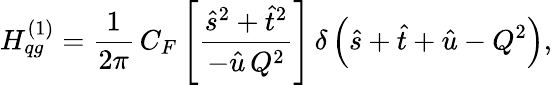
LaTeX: H_{qg}^{(1)}=\frac{1}{2\pi}\, C_{F}\left[\frac{\hat{s}^{2}+\hat{t}^{2}}{-\hat{u}\, Q^{2}}\right]\, \delta\left(\hat{s}+\hat{t}+\hat{u}-Q^{2}\right),